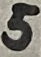
Text: 5